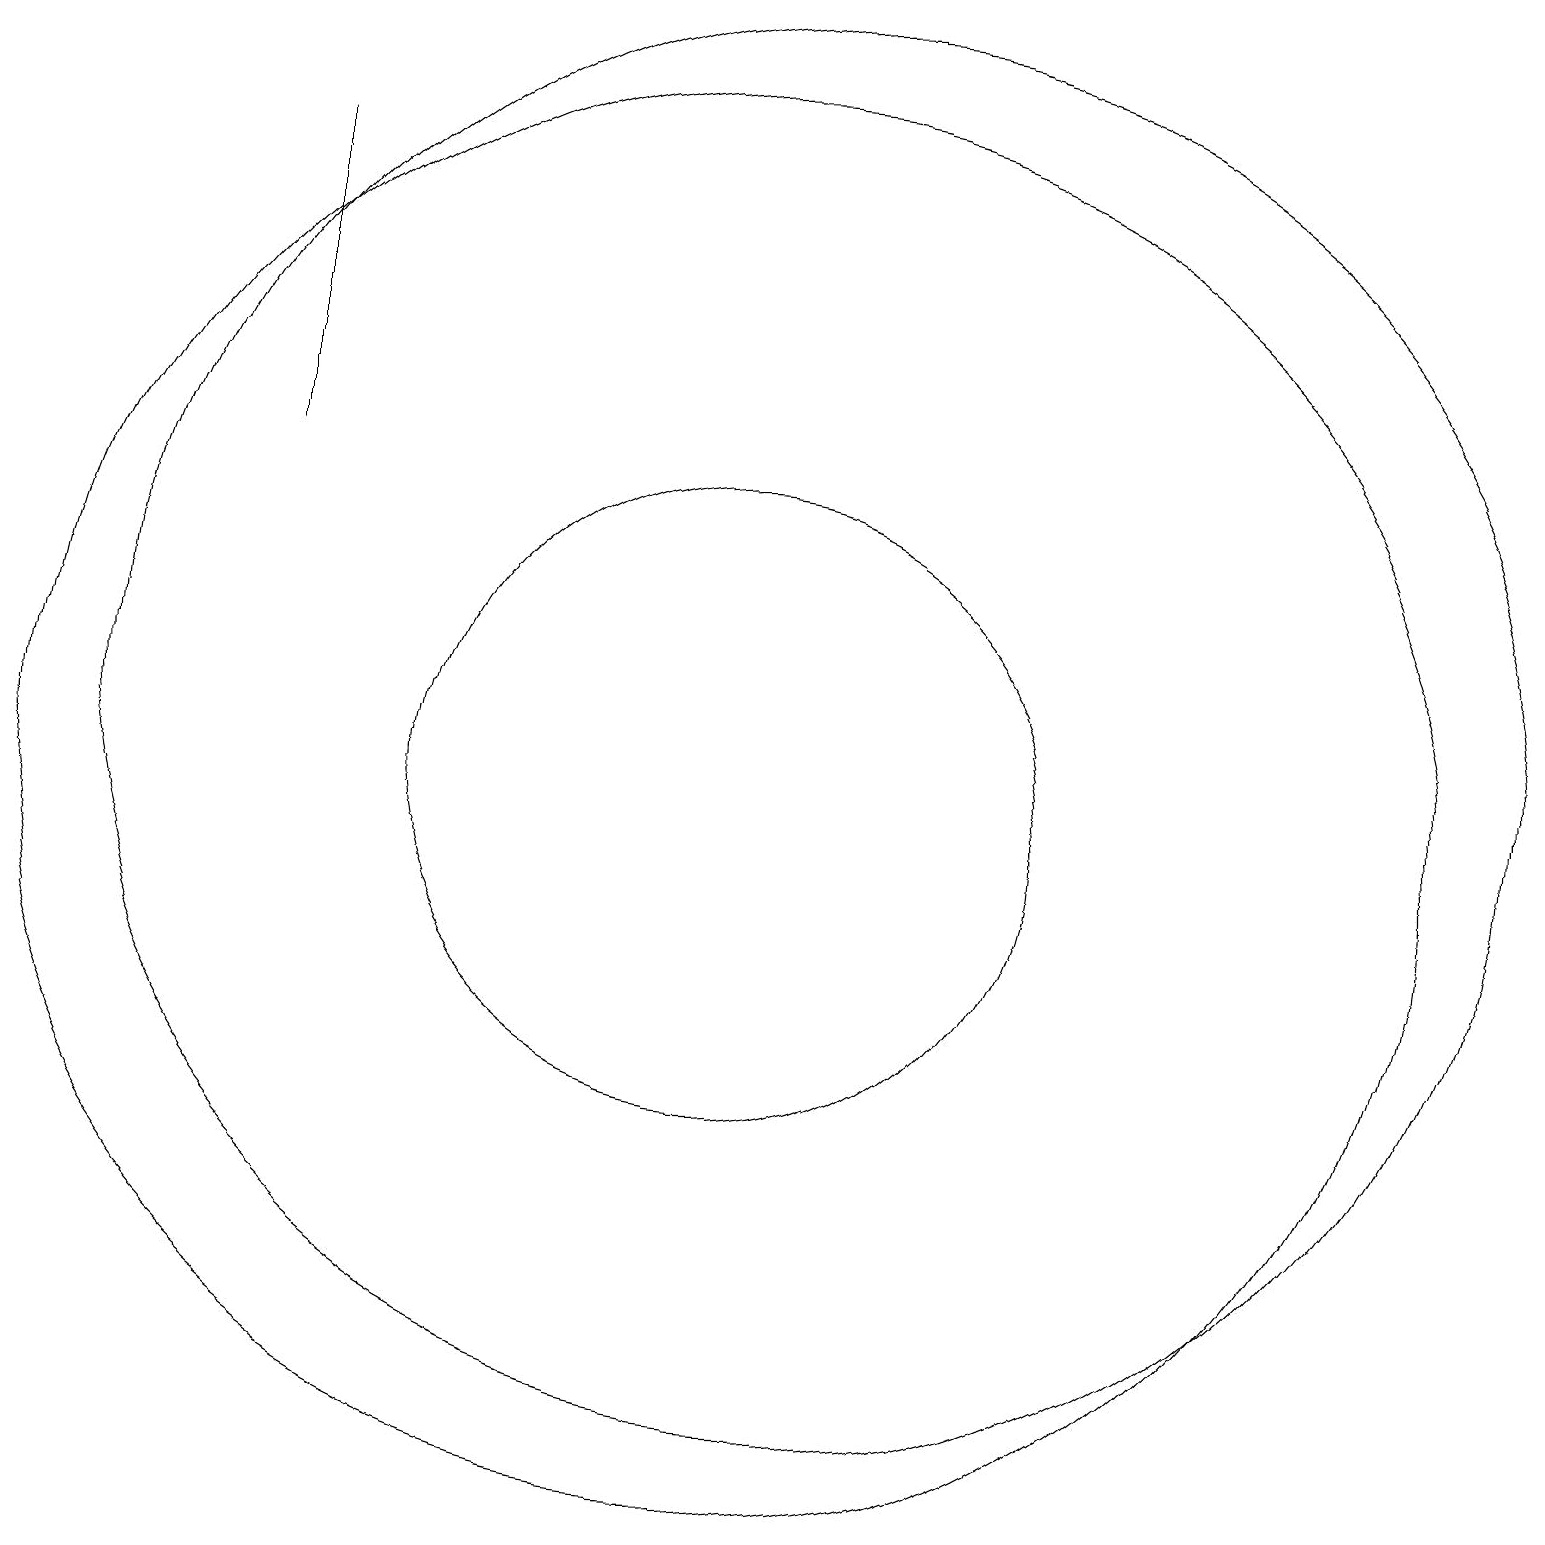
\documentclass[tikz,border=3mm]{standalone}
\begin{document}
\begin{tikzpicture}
\draw (11,11) circle (9);
\draw (4,18) rectangle (4,14);
\draw (10,10) circle (4);
\draw (10,10) circle (9);
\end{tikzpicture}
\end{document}